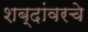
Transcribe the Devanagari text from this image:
शब्दांवरचे